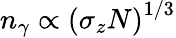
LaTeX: n_{\gamma}\propto\left(\sigma_{z}N\right)^{1/3}